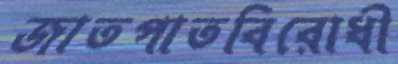
জাতপাতবিরোধী